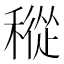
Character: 𥡬